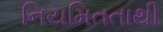
નિયમિતતાથી